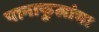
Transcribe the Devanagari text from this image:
पानाफुलांचा